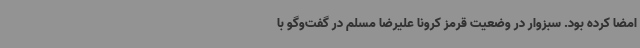
امضا کرده بود. سبزوار در وضعیت قرمز کرونا علیرضا مسلم در گفت‌وگو با